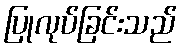
ပြုလုပ်ခြင်းသည်